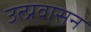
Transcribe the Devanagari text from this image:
उत्प्रवासन